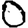
Digit: 0